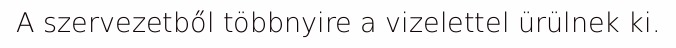
A szervezetből többnyire a vizelettel ürülnek ki.